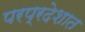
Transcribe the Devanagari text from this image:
परप्रदेशात